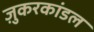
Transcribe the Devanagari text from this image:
ज़ुकरकांडल